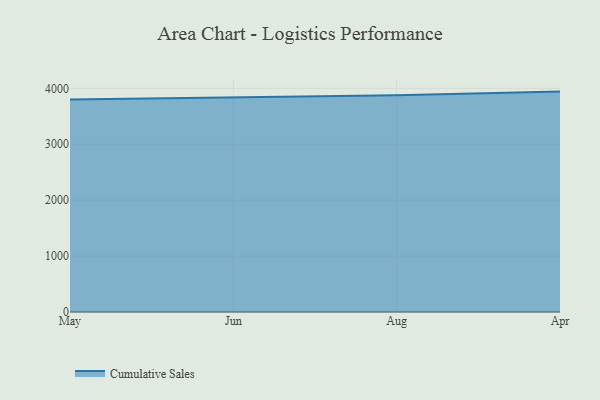
{"axis": {"x": "Month", "y": "Market Share (%)"}, "legend": ["Cumulative Sales"], "data": [{"x": "May", "y": 3800.3, "type": "Cumulative Sales"}, {"x": "Jun", "y": 3834.8, "type": "Cumulative Sales"}, {"x": "Aug", "y": 3877.7, "type": "Cumulative Sales"}, {"x": "Apr", "y": 3941.5, "type": "Cumulative Sales"}]}